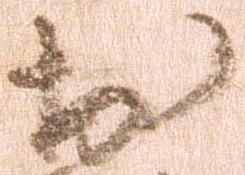
於